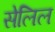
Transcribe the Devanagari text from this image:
सेलिल